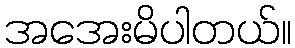
အအေးမိပါတယ်။